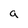
Character: a